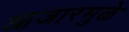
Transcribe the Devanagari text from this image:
आजारमुळे